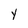
Character: Y